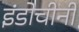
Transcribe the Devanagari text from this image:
इंडोचीनी